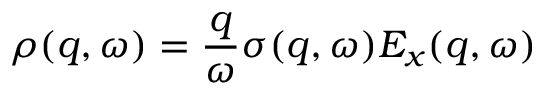
\rho ( q , \omega ) = \frac { q } { \omega } \sigma ( q , \omega ) E _ { x } ( q , \omega )